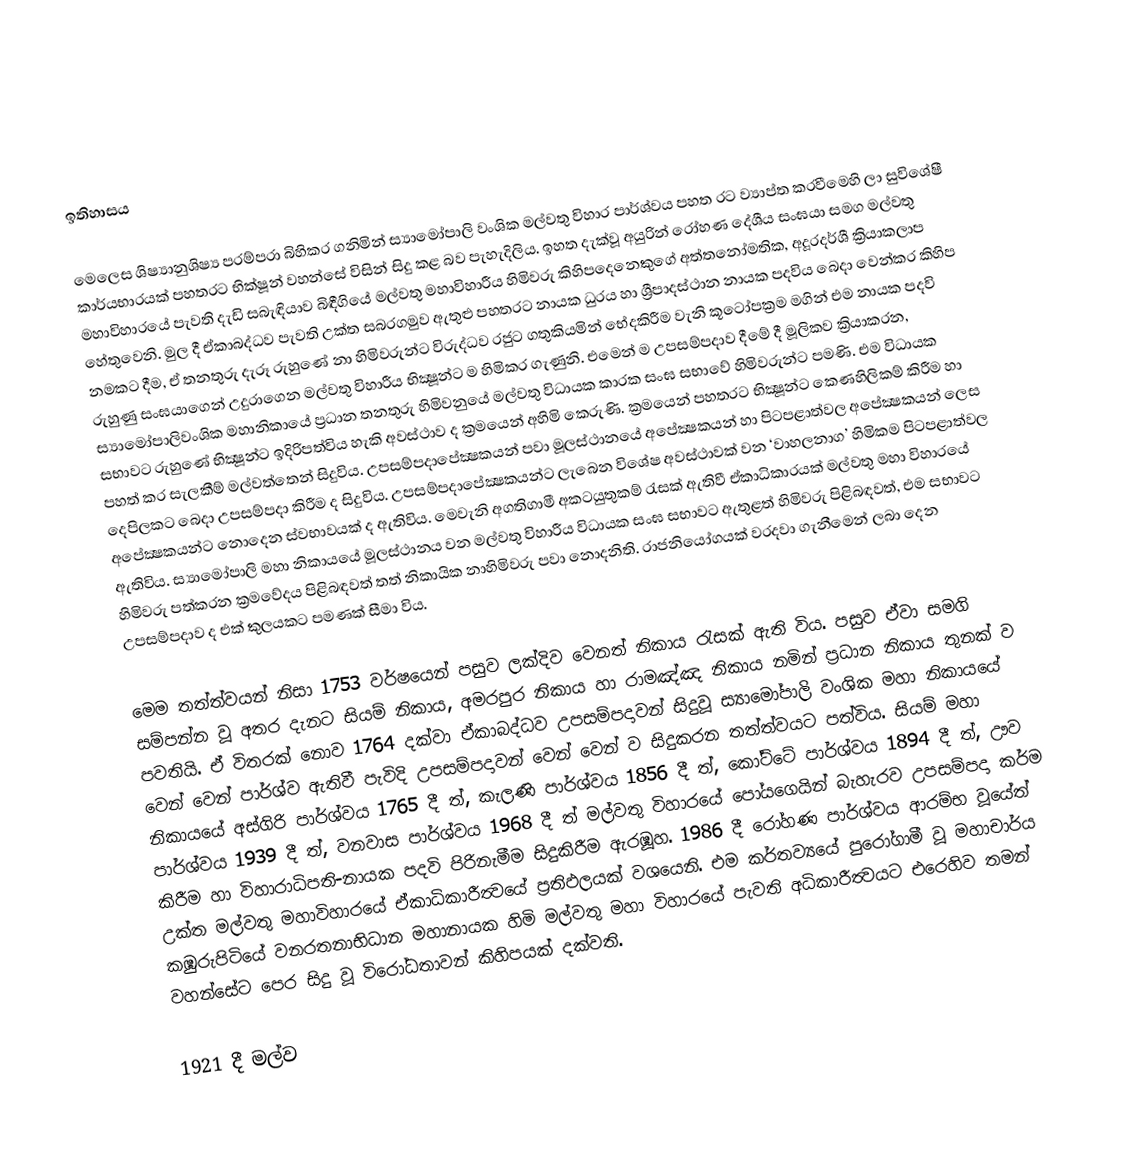

ඉතිහාසය

මෙලෙස ශිෂ්‍යානුශිෂ්‍ය පරම්පරා බිහිකර ගනිමින් ස්‍යාමෝපාලි වංශික මල්වතු විහාර පාර්ශ්වය පහත රට ව්‍යාප්ත කරවීමෙහි ලා සුවිශේෂී කාර්යභාරයක් පහතරට භික්ෂූන් වහන්සේ විසින් සිදු කළ බව පැහැදිලිය.  ඉහත දැක්වූ අයුරින් රෝහණ දේශීය සංඝයා සමග මල්වතු මහාවිහාරයේ පැවති දැඩි සබැඳියාව බිඳීගියේ මල්වතු මහාවිහාරීය හිමිවරු කිහිපදෙනෙකුගේ අත්තනෝමතික, අදූරදර්ශී ක්‍රියාකලාප හේතුවෙනි. මුල දී ඒකාබද්ධව පැවති උක්ත සබරගමුව ඇතුළු පහතරට නායක ධුරය හා ශ්‍රීපාදස්ථාන නායක පදවිය බෙදා වෙන්කර කිහිප නමකට දීම, ඒ තනතුරු දැරූ රුහුණේ නා හිමිවරුන්ට විරුද්ධව රජුට ගතුකියමින් භේදකිරීම වැනි කූටෝපක්‍රම මගින් එම නායක පදවි රුහුණු සංඝයාගෙන් උදුරාගෙන මල්වතු විහාරීය භික්‍ෂූන්ට ම හිමිකර ගැණුනි. එමෙන් ම උපසම්පදාව දීමේ දී මූලිකව ක්‍රියාකරන, ස්‍යාමෝපාලිවංශික මහානිකායේ ප්‍රධාන තනතුරු හිමිවනුයේ මල්වතු විධායක කාරක සංඝ සභාවේ හිමිවරුන්ට පමණි. එම විධායක සභාවට රුහුණේ භික්‍ෂූන්ට ඉදිරිපත්විය හැකි අවස්ථාව ද ක්‍රමයෙන් අහිමි කෙරුණි. ක්‍රමයෙන් පහතරට භික්‍ෂූන්ට කෙණහිලිකම් කිරීම හා පහත් කර සැලකීම් මල්වත්තෙන් සිදුවිය. උපසම්පදාපේක්‍ෂකයන් පවා මූලස්ථානයේ අපේක්‍ෂකයන් හා පිටපළාත්වල අපේක්‍ෂකයන් ලෙස දෙපිලකට බෙදා උපසම්පදා කිරීම ද සිදුවිය. උපසම්පදාපේක්‍ෂකයන්ට ලැබෙන විශේෂ අවස්ථාවක් වන ‘වාහලනාග’ හිමිකම පිටපළාත්වල අපේක්‍ෂකයන්ට නොදෙන ස්වභාවයක් ද ඇතිවිය. මෙවැනි අගතිගාමී අකටයුතුකම් රැසක් ඇතිවී ඒකාධිකාරයක් මල්වතු මහා විහාරයේ ඇතිවිය. ස්‍යාමෝපාලි මහා නිකායයේ මූලස්ථානය වන මල්වතු විහාරීය විධායක සංඝ සභාවට ඇතුළත් හිමිවරු පිළිබඳවත්, එම සභාවට හිමිවරු පත්කරන ක්‍රමවේදය පිළිබඳවත් තත් නිකායික නාහිමිවරු පවා නොදනිති. රාජනියෝගයක් වරදවා ගැනීමෙන් ලබා දෙන උපසම්පදාව ද එක් කුලයකට පමණක් සීමා විය.

මෙම තත්ත්වයන් නිසා 1753 වර්ෂයෙන් පසුව ලක්දිව වෙනත් නිකාය රැසක් ඇති විය. පසුව ඒවා සමගි සම්පන්න වූ අතර දැනට සියම් නිකාය, අමරපුර නිකාය හා රාමඤ්ඤ නිකාය නමින් ප්‍රධාන නිකාය තුනක් ව පවතියි. ඒ විතරක් නොව 1764 දක්වා ඒකාබද්ධව උපසම්පදාවන් සිදුවූ ස්‍යාමෝපාලි වංශික මහා නිකායයේ වෙන් වෙන් පාර්ශ්ව ඇතිවී පැවිදි උපසම්පදාවන් වෙන් වෙන් ව සිදුකරන තත්ත්වයට පත්විය. සියම් මහා නිකායයේ අස්ගිරි පාර්ශ්වය 1765 දී ත්, කැලණි පාර්ශ්වය 1856 දී ත්, කෝට්ටේ පාර්ශ්වය 1894 දී ත්, ඌව පාර්ශ්වය 1939 දී ත්, වනවාස පාර්ශ්වය 1968 දී ත් මල්වතු විහාරයේ පෝයගෙයින් බැහැරව උපසම්පදා කර්ම කිරීම හා විහාරාධිපති-නායක පදවි පිරිනැමීම සිදුකිරීම ඇරඹූහ. 1986 දී රෝහණ පාර්ශ්වය ආරම්භ වූයේත් උක්ත මල්වතු මහාවිහාරයේ ඒකාධිකාරීත්‍වයේ ප්‍රතිඵලයක් වශයෙනි. එම කර්තව්‍යයේ පුරෝගාමී වූ මහාචාර්ය කඹුරුපිටියේ වනරතනාභිධාන මහානායක හිමි මල්වතු මහා විහාරයේ පැවති අධිකාරීත්‍වයට එරෙහිව තමන් වහන්සේට පෙර සිදු වූ විරෝධතාවන් කිහිපයක් දක්වති.

 1921 දී මල්ව